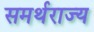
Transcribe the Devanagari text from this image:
समर्थराज्य